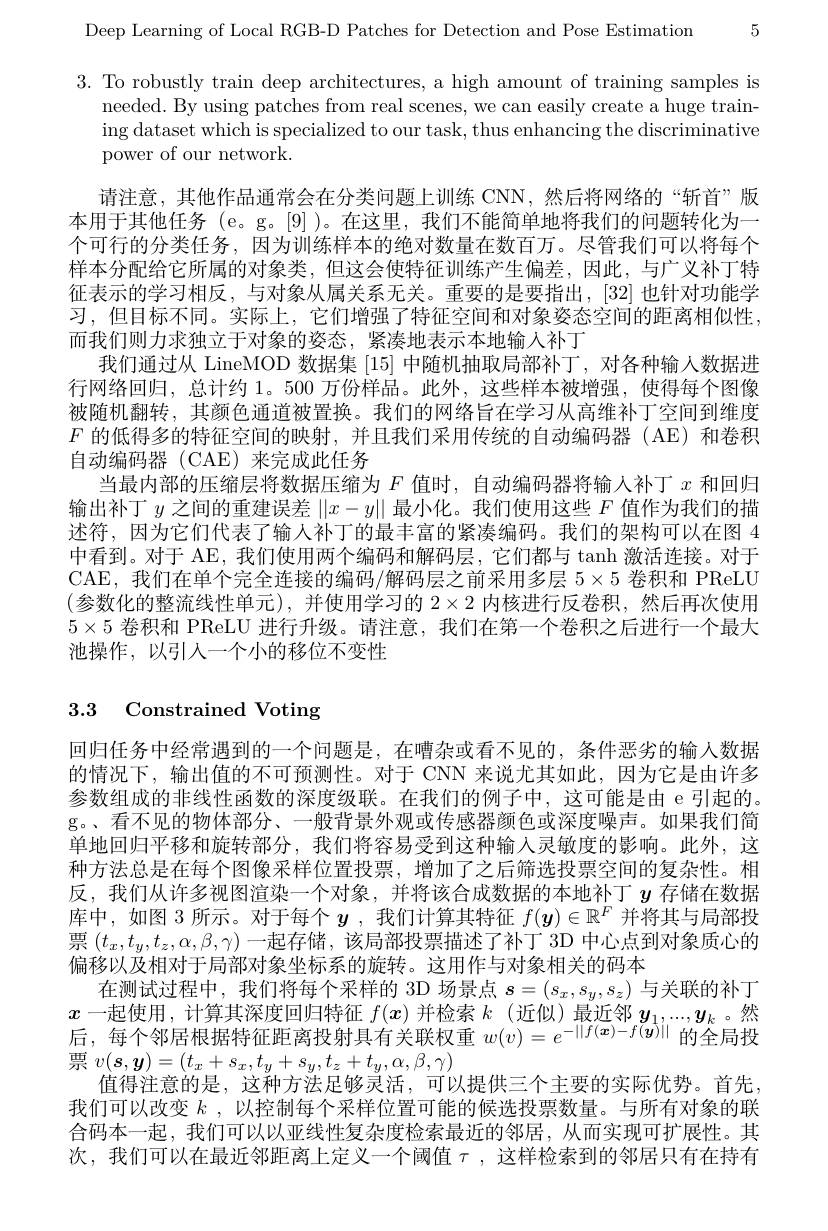
Deep Learning of Local RGB-D Patches for Detection and Pose Estimation 5

3. To robustly train deep architectures, a high amount of training samples is
needed. By using patches from real scenes, we can easily create a huge training dataset which is specialized to our task, thus enhancing the discriminative power of our network.
请注意，其他作品通常会在分类问题上训练 CNN,然后将网络的“斩首”版本用于其他任务 (e。g。[9] )。在这里，我们不能简单地将我们的问题转化为一个可行的分类任务，因为训练样本的绝对数量在数百万。尽管我们可以将每个样本分配给它所属的对象类，但这会使特征训练产生偏差，因此，与广义补丁特征表示的学习相反，与对象从属关系无关。重要的是要指出，[32]也针对功能学习，但目标不同。实际上，它们增强了特征空间和对象姿态空间的距离相似性， 而我们则力求独立于对象的姿态，紧凑地表示本地输入补丁
我们通过从 LineMOD 数据集[15]中随机抽取局部补丁，对各种输入数据进行网络回归，总计约 1。500 万份样品。此外，这些样本被增强，使得每个图像被随机翻转，其颜色通道被置换。我们的网络旨在学习从高维补丁空间到维度$F$的低得多的特征空间的映射，并且我们采用传统的自动编码器(AE)和卷积自动编码器 (CAE) 来完成此任务
当最内部的压缩层将数据压缩为$F$值时，自动编码器将输人补丁$x$和回归输出补丁$y$之间的重建误差$\|x-y\|$最小化。我们使用这些$F$值作为我们的描述符，因为它们代表了输人补丁的最丰富的紧凑编码。我们的架构可以在图 4中看到。对于 AE, 我们使用两个编码和解码层，它们都与 tanh 激活连接。对于CAE,我们在单个完全连接的编码/解码层之前采用多层 5$\times5$ 卷积和 PReLU (参数化的整流线性单元),并使用学习的 $2\times2$ 内核进行反卷积，然后再次使用$5\times5$卷积和 PReLU 进行升级。请注意，我们在第一个卷积之后进行一个最大池操作，以引入一个小的移位不变性

# 3.3 Constrained Voting

回归任务中经常遇到的一个问题是，在嘈杂或看不见的，条件恶劣的输入数据的情况下，输出值的不可预测性。对于 CNN 来说尤其如此，因为它是由许多参数组成的非线性函数的深度级联。在我们的例子中，这可能是由 e 引起的。g。、看不见的物体部分、一般背景外观或传感器颜色或深度噪声。如果我们简单地回归平移和旋转部分，我们将容易受到这种输入灵敏度的影响。此外，这种方法总是在每个图像采样位置投票，增加了之后筛选投票空间的复杂性。相反，我们从许多视图渲染一个对象，并将该合成数据的本地补丁$y$存储在数据库中，如图 3 所示。对于每个$y$ ,我们计算其特征$f(\boldsymbol{y})\in\mathbb{R}^F$并将其与局部投票$(t_x,t_y,t_z,\alpha,\beta,\gamma)$一起存储 ,该局部投票描述了补丁 3D 中心点到对象质心的偏移以及相对于局部对象坐标系的旋转。这用作与对象相关的码本
在测试过程中，我们将每个采样的 3D 场景点$s=(s_x,s_y,s_z)$与关联的补丁$x$一起使用，计算其深度回归特征$f(\boldsymbol{x})$并检索$k$ (近似)最近邻$\boldsymbol y_1,...,\boldsymbol{y}_k$ 。然后，每个邻居根据特征距离投射具有关联权重$w(v)=e^{-||f(\boldsymbol{x})-f(\tilde{\boldsymbol{y}})||}$的全局投票$v(\boldsymbol{s},\boldsymbol{y})=(t_x+s_x,t_y+s_y,t_z+t_y,\alpha,\beta,\gamma)$
值得注意的是，这种方法足够灵活，可以提供三个主要的实际优势。首先我们可以改变$k$ ,以控制每个采样位置可能的候选投票数量。与所有对象的联合码本一起，我们可以以亚线性复杂度检索最近的邻居，从而实现可扩展性。其次，我们可以在最近邻距离上定义一个阈值$\tau$ ,这样检索到的邻居只有在持有